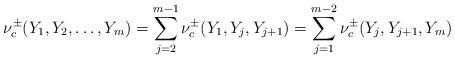
LaTeX: \begin{align*}\begin{aligned}\nu_c^{\pm}(Y_1,Y_2,\dots,Y_m)&=\sum\limits_{j=2}^{m-1}\nu_c^{\pm}(Y_1,Y_j,Y_{j+1})=\sum\limits_{j=1}^{m-2}\nu_c^{\pm}(Y_j,Y_{j+1},Y_m)\end{aligned}\end{align*}